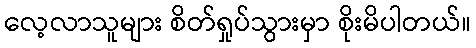
လေ့လာသူများ စိတ်ရှုပ်သွားမှာ စိုးမိပါတယ်။